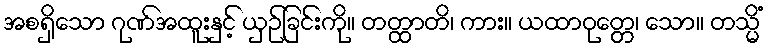
အစရှိသော ဂုဏ်အထူးနှင့် ယှဉ်ခြင်းကို။ တတ္ထာတိ၊ ကား။ ယထာဝုတ္တေ၊ သော။ တသ္မိံ